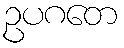
ဥပဂတေ